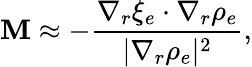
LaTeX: {\cal\mathbf{M}}\approx-\frac{{\nabla_{r}\xi_{e}\cdot\nabla_{r}\rho_{e}}}{{|\nabla_{r}\rho_{e}|^{2}}},